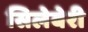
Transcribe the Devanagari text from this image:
सिलेबेरी